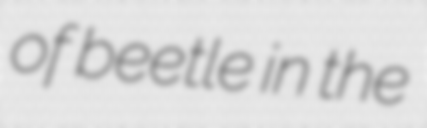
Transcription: of beetle in the